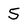
Character: 5